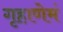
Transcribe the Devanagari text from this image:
गृहाणेमं